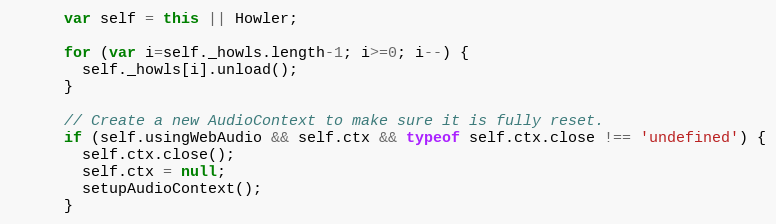
Language: JavaScript
      var self = this || Howler;

      for (var i=self._howls.length-1; i>=0; i--) {
        self._howls[i].unload();
      }

      // Create a new AudioContext to make sure it is fully reset.
      if (self.usingWebAudio && self.ctx && typeof self.ctx.close !== 'undefined') {
        self.ctx.close();
        self.ctx = null;
        setupAudioContext();
      }